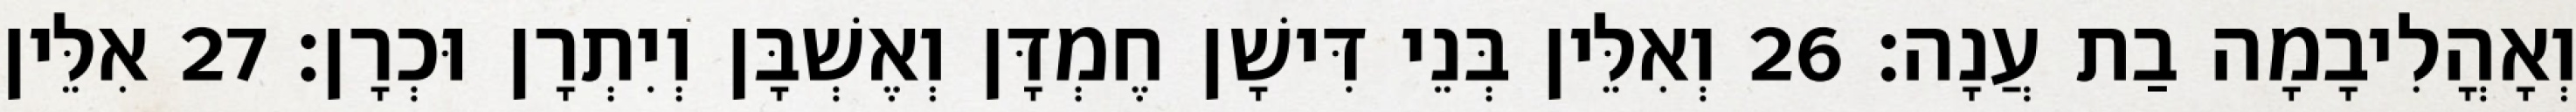
וְאָהֳלִיבָמָה בַת עֲנָה׃ 26 וְאִלֵּין בְּנֵי דִּישָׁן חֶמְדָּן וְאֶשְׁבָּן וְיִתְרָן וּכְרָן׃ 27 אִלֵּין